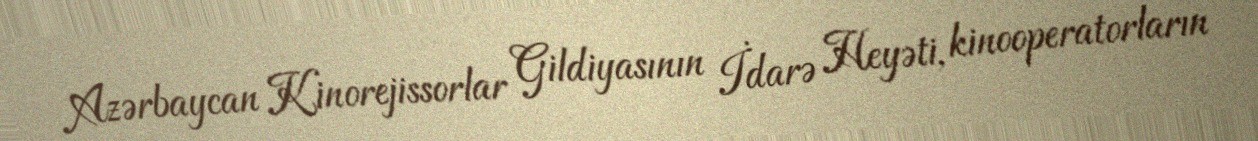
Azərbaycan Kinorejissorlar Gildiyasının İdarə Heyəti, kinooperatorların